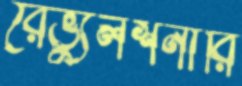
রেভ্যুলশনারি